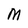
Character: M